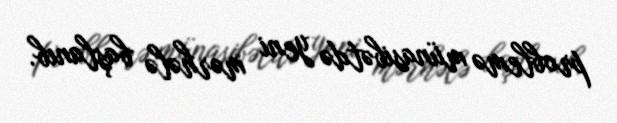
problemə münasibətdə yeni mərhələ başlanıb.